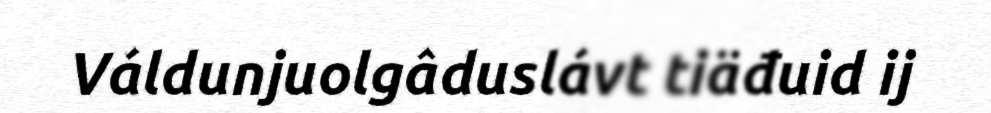
Váldunjuolgâduslávt tiäđuid ij